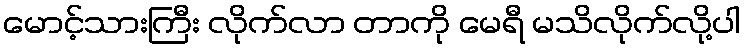
မောင့်သားကြီး လိုက်လာ တာကို မေရီ မသိလိုက်လို့ပါ